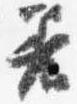
着